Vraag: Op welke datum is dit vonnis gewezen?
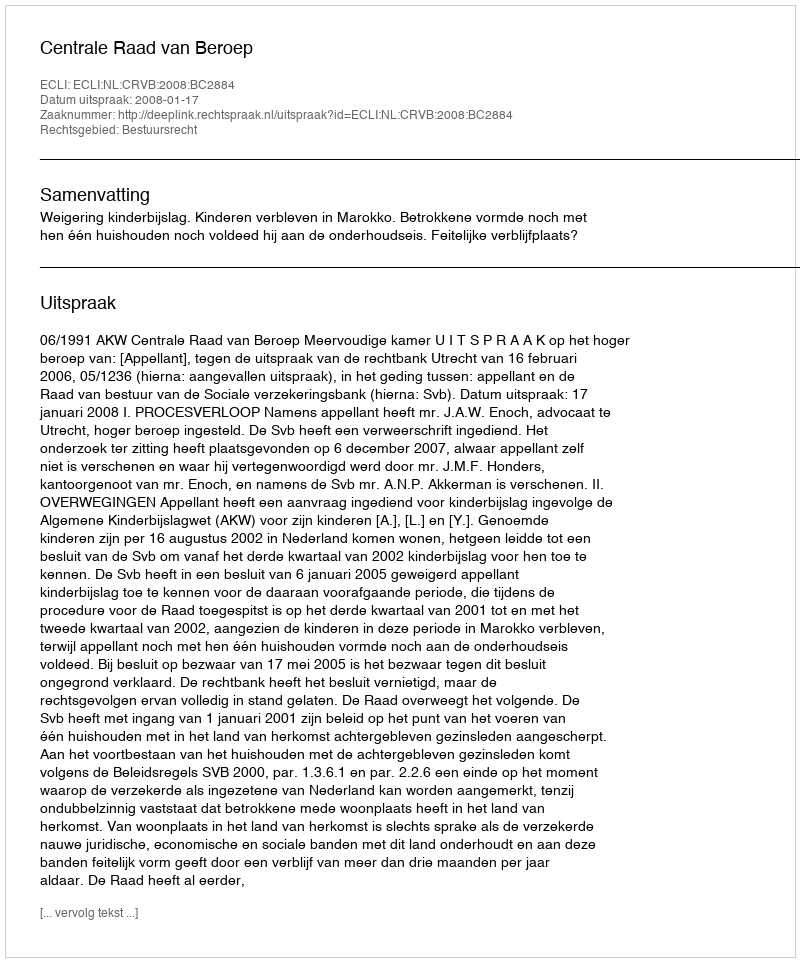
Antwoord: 2008-01-17